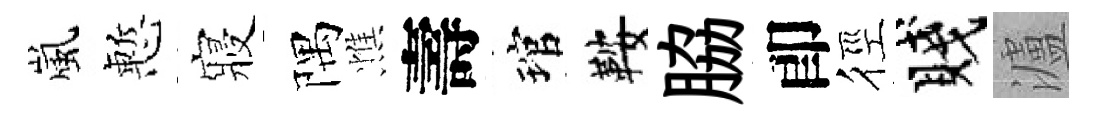
嵐慙寢隅憔壽琯鞍脇卽徑賤瀘